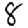
Digit: 8